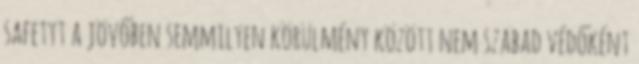
safetyt a jövőben semmilyen körülmény között nem szabad védőként